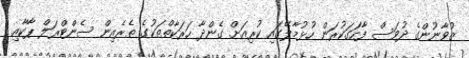
ޒުވާނުންގެ ދުވަސް ފާހަގަކުރަން ހުޅުމާލޭގައި ކުރިއަށް ގެންދާ ހަރަކާތްތަކުގެ ތެރެއިން ސެންޓްރަލް ޕާކާއި